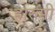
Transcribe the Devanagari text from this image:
हारुमी